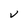
Character: V